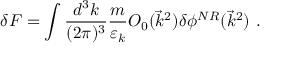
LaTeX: \delta F = \int \frac { d ^ { 3 } k } { ( 2 \pi ) ^ { 3 } } \frac { m } { \varepsilon _ { k } } O _ { 0 } ( \vec { k } ^ { 2 } ) \delta \phi ^ { N R } ( \vec { k } ^ { 2 } ) \mathrm { ~ . }